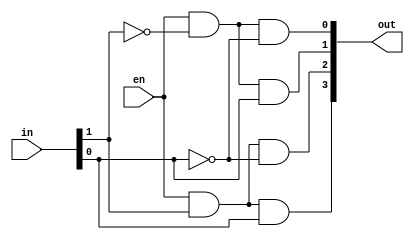

module decoder2to4
(
	input [1:0]in,
	input en,
	output [3:0]out
);

assign out = { en & in[1] & in[0],
					 en & in[1] & ~in[0],
					 en & ~in[1] & in[0],
					 en & ~in[1] & ~in[0]
				   };
endmodule